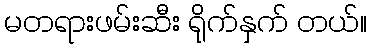
မတရားဖမ်းဆီး ရိုက်နှက် တယ်။